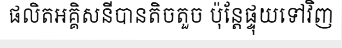
ផលិតអគ្គិសនីបានតិចតួច ប៉ុន្តែផ្ទុយទៅវិញ